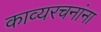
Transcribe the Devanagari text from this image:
काव्यरचनांना